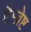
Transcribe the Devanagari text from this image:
हैम्ब्रेष्ट